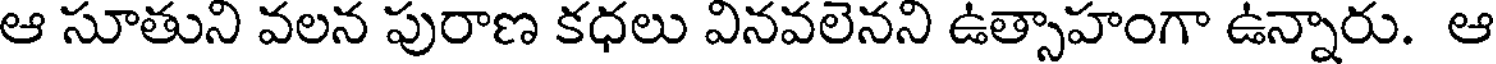
ఆ సూతుని వలన పురాణ కధలు వినవలెనని ఉత్సాహంగా ఉన్నారు. ఆ